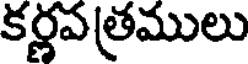
కర్ణవత్రములు